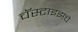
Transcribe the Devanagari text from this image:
चॅस्टाइझचे